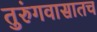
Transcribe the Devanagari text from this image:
तुरुंगवासातच